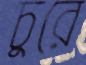
চুরে